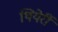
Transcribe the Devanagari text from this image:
थियेर्री